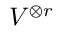
V ^ { \otimes r }